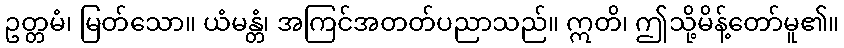
ဥတ္တမံ၊ မြတ်သော။ ယံမန္တံ၊ အကြင်အတတ်ပညာသည်။ ဣတိ၊ ဤသို့မိန့်တော်မူ၏။